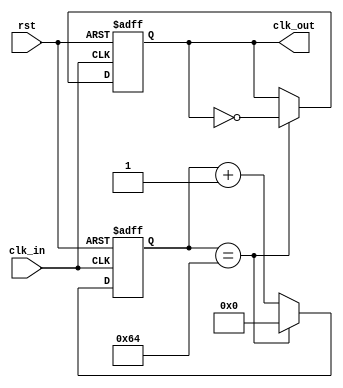
module frequency_synthesizer (
    input wire clk_in,
    input wire rst,
    output reg clk_out
);

reg [7:0] count;

always @(posedge clk_in or posedge rst) begin
    if (rst) begin
        count <= 0;
        clk_out <= 0;
    end else begin
        if (count == 100) begin // Adjust this value for desired frequency division
            count <= 0;
            clk_out <= ~clk_out;
        end else begin
            count <= count + 1;
        end
    end
end

endmodule